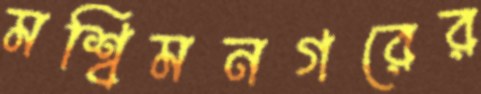
মশ্বিমনগরের